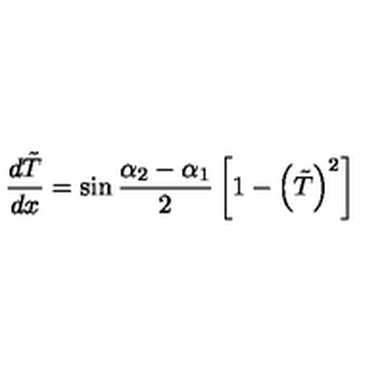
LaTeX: { \frac { d \tilde { T } } { d x } } = \sin { \frac { \alpha _ { 2 } - \alpha _ { 1 } } { 2 } } \left[ 1 - \left( \tilde { T } \right) ^ { 2 } \right]